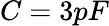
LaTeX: C=3pF